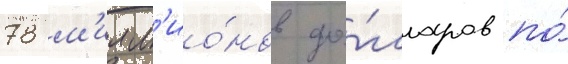
78 м'илл'ио́нов до́лларов по́